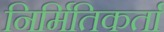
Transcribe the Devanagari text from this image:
निर्मितिकर्ता